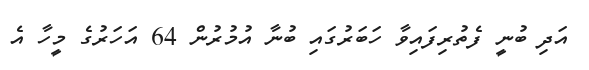
އަދި ބުނީ ފެތުރިފައިވާ ހަބަރުގައި ބުނާ އުމުރުން 64 އަހަރުގެ މީހާ އެ